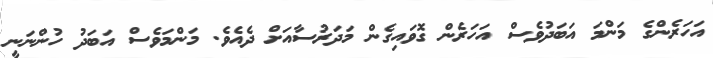
އަހަރެންގެ މަންމަ އަބަދުވެސް އަހަރެން ގޮވައިގެން މަދަރުސާއަށް ދެއެވެ. މަންމަވެސް އަބަދު ހުންނަނީ